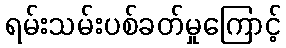
ရမ်းသမ်းပစ်ခတ်မှုကြောင့်